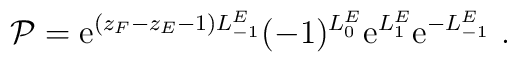
{\cal P}={\rm e}^{(z_F-z_E-1)L_{-1}^E}(-1)^{L_0^E}{\rm e}^{L_1^E}{\rm e}^{-L_{-1}^E}\ .